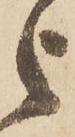
之